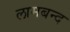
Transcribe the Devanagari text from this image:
लामबन्द